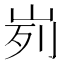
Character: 峛